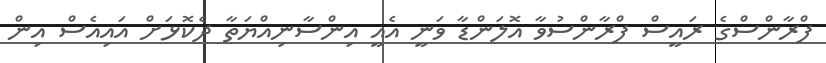
ފްރާންސްގެ ރައީސް ފްރާންސުވާ އޮލަންޑާ ވަނީ އެއީ އިންސާނިއްޔަތާ ދެކޮޅަށް އައިއެސް އިން